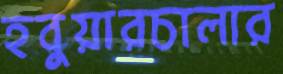
হবুয়ারচালার